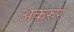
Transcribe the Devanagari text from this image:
अकरुर